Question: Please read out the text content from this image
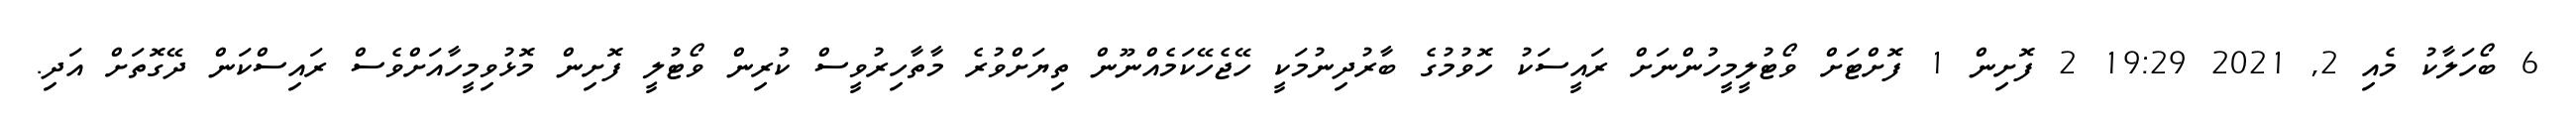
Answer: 6 ބޯހަލާކު މެއި 2, 2021 19:29 2 ފޮށިން 1 ފޮށްޓަށް ވޯޓުލީމީހުންނަށް ރައީސަކު ހޮވުމުގެ ބާރުދިނުމަކީ ހޭޖެހޭކަމެއްނޫން ތިޔަށްވުރެ މާތާހިރުވީސް ކުރިން ވޯޓުލީ ފޮށިން މޮޅުވިމީހާއަށްވެސް ރައިސްކަން ދޭގޮތަށް އަދި.